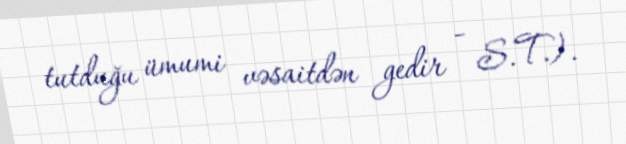
tutduğu ümumi vəsaitdən gedir - S.T.).